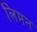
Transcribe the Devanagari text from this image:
लिमन